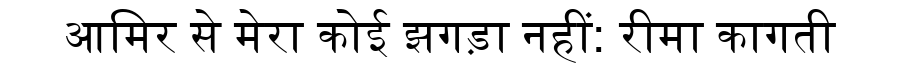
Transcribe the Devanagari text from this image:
आमिर से मेरा कोई झगड़ा नहीं: रीमा कागती